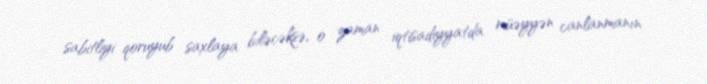
sabitliyi qoruyub saxlaya biləcəksə, o zaman iqtisadiyyatda müəyyən canlanmanın